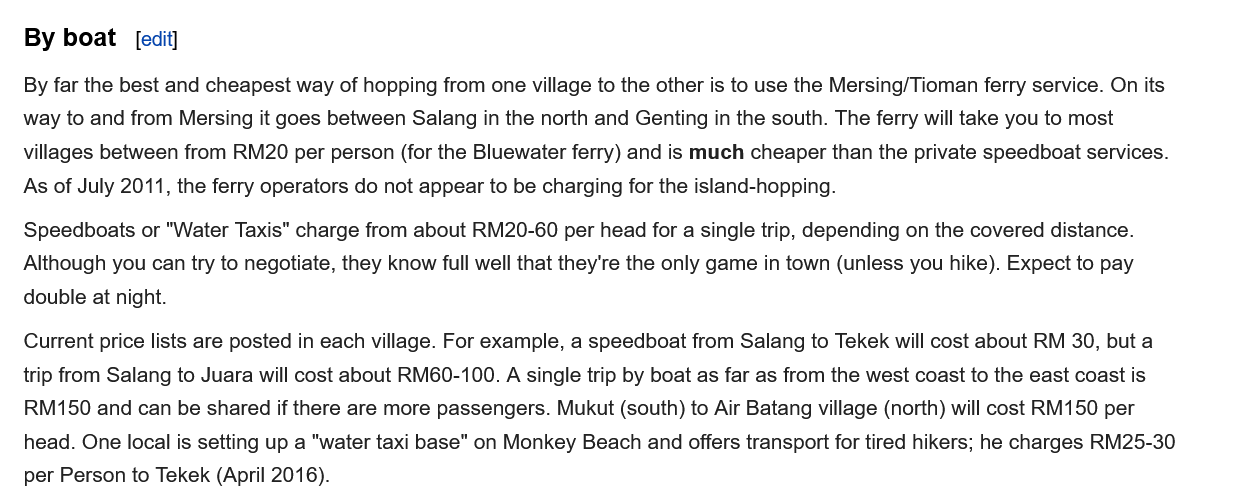
Current price lists are posted in each village. For example, a speedboat from Salang to Tekek will cost about RM 30, but a
   trip from Salang to Juara will cost about RM60-100. A single trip by boat as far as from the west coast to the east coast is
   RM150 and can be shared if there are more passengers. Mukut (south) to Air Batang village (north) will cost RM150 per
   head. One local is setting up a "water taxi base" on Monkey Beach and offers transport for tired hikers; he charges RM25-30
   per Person to Tekek (April 2016).
   Speedboats or "Water Taxis" charge from about RM20-60 per head for a single trip, depending on the covered distance.
   Although you can try to negotiate, they know full well that they're the only game in town (unless you hike). Expect to pay
   double at night.
   By far the best and cheapest way of hopping from one village to the other is to use the Mersing/Tioman ferry service. On its
   way to and from Mersing it goes between Salang in the north and Genting in the south. The ferry will take you to most
   villages between from RM20 per person (for the Bluewater ferry) and is much cheaper than the private speedboat services.
   As of July 2011, the ferry operators do not appear to be charging for the island-hopping.
   By boat   [edit]